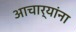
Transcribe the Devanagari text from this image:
आचार्‍यांना